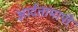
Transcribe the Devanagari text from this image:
आर्दतामापी